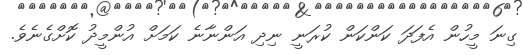
ގިނަ މީހުން އެފަދަ ކަންކަން ކުރަނީ ނިދި އަންނާނެ ކަމަށް އުންމީދު ކޮށްގެނެވެ.